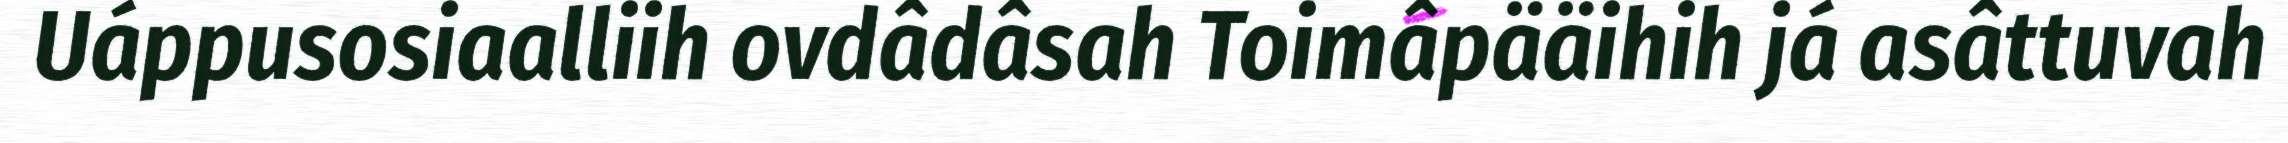
Uáppusosiaalliih ovdâdâsah Toimâpääihih já asâttuvah